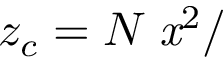
z _ { c } = N \it { \Delta } x ^ { \mathrm { { 2 } } } / \lambda